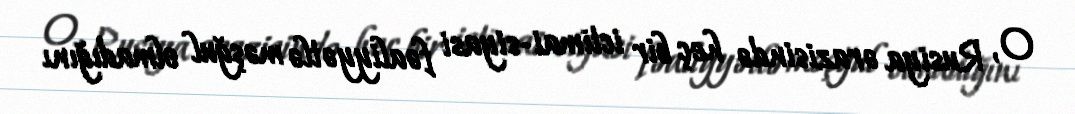
O, Rusiya ərazisində heç bir ictimai-siyasi fəaliyyətlə məşğul olmadığını